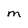
Character: M